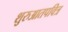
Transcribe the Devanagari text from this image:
शुरुआतपवित्र